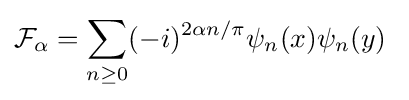
{\mathcal {F}}_{\alpha }=\sum _{n\geq 0}(-i)^{2\alpha n/\pi }\psi _{n}(x)\psi _{n}(y)~